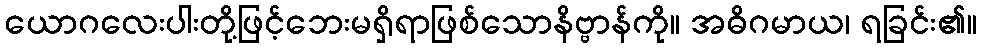
ယောဂလေးပါးတို့ဖြင့်ဘေးမရှိရာဖြစ်သောနိဗ္ဗာန်ကို။ အဓိဂမာယ၊ ရခြင်း၏။